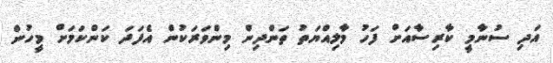
އަދި ސުނާމީ ކާރިސާއަށް ފަހު މާލިއްޔަތު ތަންދިން މިންވަރަކުން އެފަދަ ކަންކަމަށް މީހުން